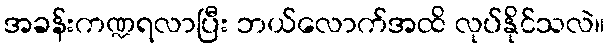
အခန်းကဏ္ဍရလာပြီး ဘယ်လောက်အထိ လုပ်နိုင်သလဲ။